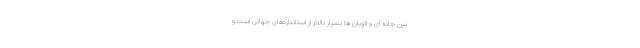
بین جاده ای و اتوبان ها بسیار بالاتر از استانداردهای جهانی است و